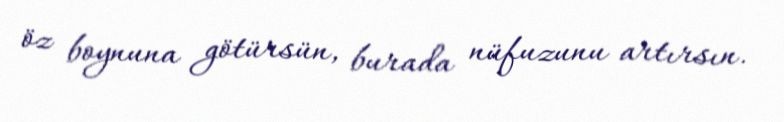
öz boynuna götürsün, burada nüfuzunu artırsın.